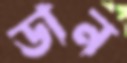
ডান